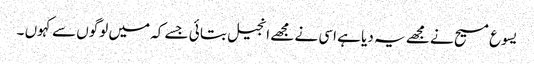
یسوع مسیح نے مجھے یہ دیا ہے اسی نے مجھے انجیل بتا ئی جسے کہ میں لوگوں سے کہوں ۔